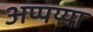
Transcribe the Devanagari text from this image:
अप्पय्या